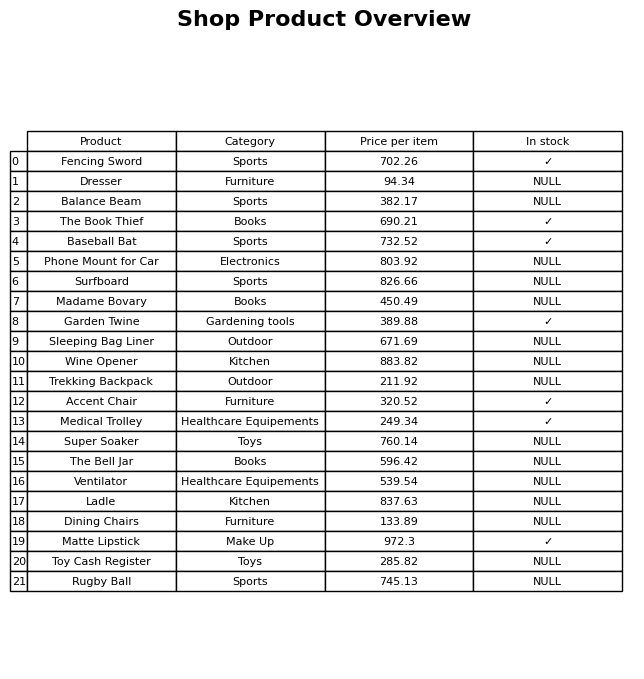
question: What is the stock status of the Madame Bovary?
answer: NULL